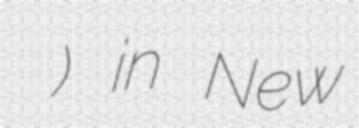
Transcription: Մայր Տաճար) in New